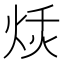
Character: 𱫎